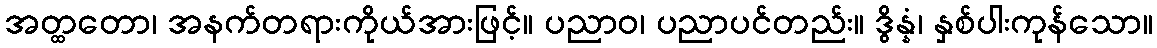
အတ္ထတော၊ အနက်တရားကိုယ်အားဖြင့်။ ပညာဝ၊ ပညာပင်တည်း။ ဒွိန္နံ၊ နှစ်ပါးကုန်သော။